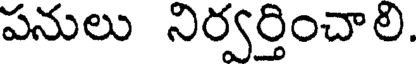
పనులు నిర్వర్తించాలి.